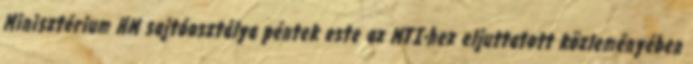
Minisztérium HM sajtóosztálya péntek este az MTI-hez eljuttatott közleményében